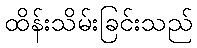
ထိန်းသိမ်းခြင်းသည်